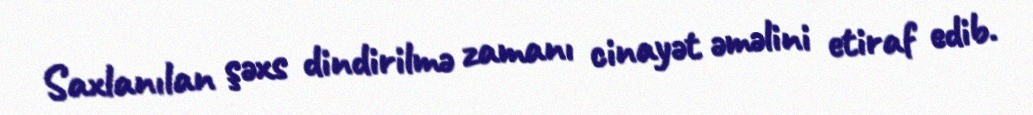
Saxlanılan şəxs dindirilmə zamanı cinayət əməlini etiraf edib.